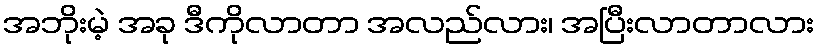
အဘိုးမဲ့ အခု ဒီကိုလာတာ အလည်လား၊ အပြီးလာတာလား